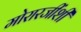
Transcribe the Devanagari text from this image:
मोरारजींशी